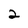
Character: 2